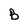
Character: B